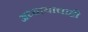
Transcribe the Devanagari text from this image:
अध्यायाचाही